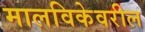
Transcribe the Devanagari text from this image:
मालविकेवरील